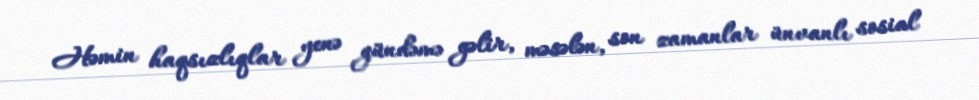
Həmin haqsızlıqlar yenə gündəmə gəlir, məsələn, son zamanlar ünvanlı sosial